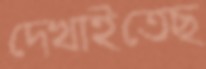
দেখাইতেছ